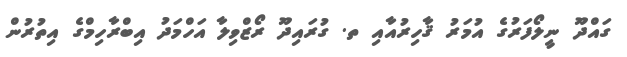
ގައްދޫ ނީލޯފަރުގެ އުމަރު ޤާހިރުއާއި ތ. ގުރައިދޫ ރޯޒްވިލާ އަހްމަދު އިބްރާހިމްގެ އިތުރުން